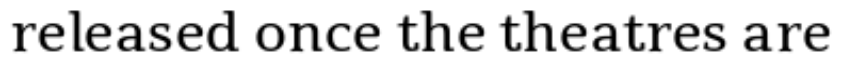
released once the theatres are